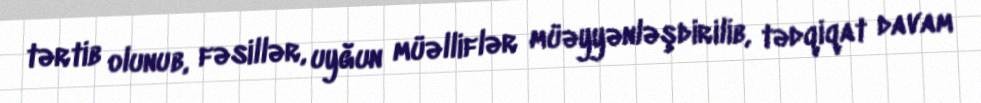
tərtib olunub, fəsillər, uyğun müəlliflər müəyyənləşdirilib, tədqiqat davam